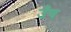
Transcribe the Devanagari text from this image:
उँच